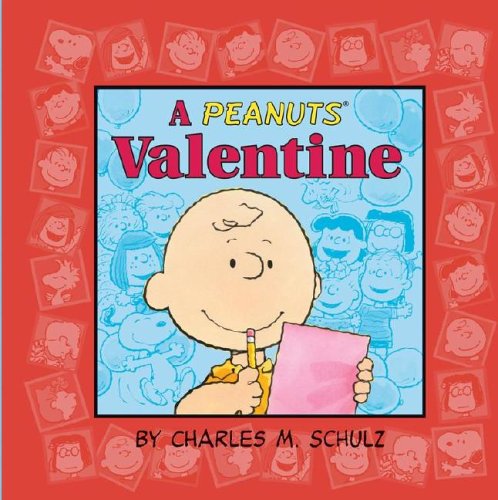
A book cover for A Peanuts Valentine; Charles M. Schulz; Children's Books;